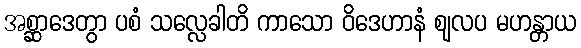
အစ္ဆာဒေတွာ ပစံ သလ္လေခါတိ ကာသော ဝိဒေဟာနံ ဈလပ မဟန္တာယ